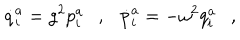
\dot { q } _ { i } ^ { a } = g ^ { 2 } p _ { i } ^ { a } \ \ \ , \ \ \ \dot { p } _ { i } ^ { a } = - \omega ^ { 2 } q _ { i } ^ { a } \ \ \ ,